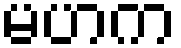
မဟက